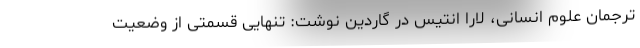
ترجمان علوم انسانی، لارا انتیس در گاردین نوشت: تنهایی قسمتی از وضعیت